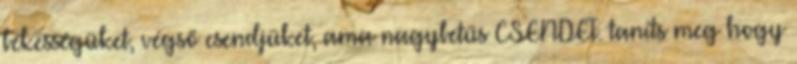
békességüket, végső csendjüket, ama nagybetűs CSENDET. taníts meg hogy